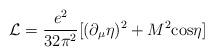
LaTeX: \begin{align*}{\cal L}=\frac{e^2}{32\pi^2}[(\partial_\mu\eta )^2+M^2{\rm cos}\eta]\end{align*}